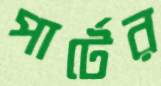
পার্টের